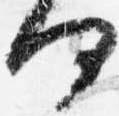
何